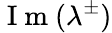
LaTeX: \mathrm{~I~m~}(\lambda^{\pm})